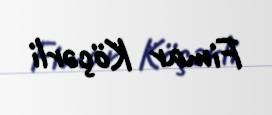
Fimar Köçərli